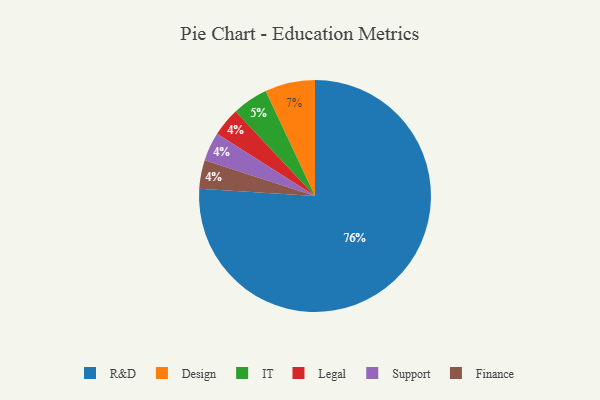
{"axis": {"x": "Category", "y": "Percentage"}, "legend": ["Design", "Finance", "IT", "Legal", "R&D", "Support"], "data": [{"x": "Legal", "y": 4, "type": "Legal"}, {"x": "IT", "y": 5, "type": "IT"}, {"x": "Support", "y": 4, "type": "Support"}, {"x": "Design", "y": 7, "type": "Design"}, {"x": "R&D", "y": 76, "type": "R&D"}, {"x": "Finance", "y": 4, "type": "Finance"}]}